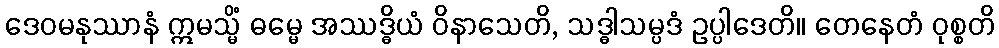
ဒေဝမနုဿာနံ ဣမသ္မိံ ဓမ္မေ အဿဒ္ဓိယံ ဝိနာသေတိ, သဒ္ဓါသမ္ပဒံ ဥပ္ပါဒေတိ။ တေနေတံ ဝုစ္စတိ